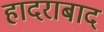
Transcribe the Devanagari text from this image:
हादराबाद